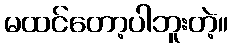
မထင်တော့ပါဘူးတဲ့။